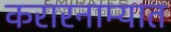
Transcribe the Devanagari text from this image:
करारनाम्यात